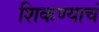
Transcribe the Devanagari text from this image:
शिकण्याचं